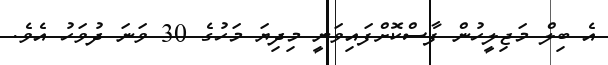
އެ ބިލް މަޖިލީހުން ފާސްކޮށްފައިވަނީ މިދިޔަ މަހުގެ 30 ވަނަ ދުވަހު އެވެ.